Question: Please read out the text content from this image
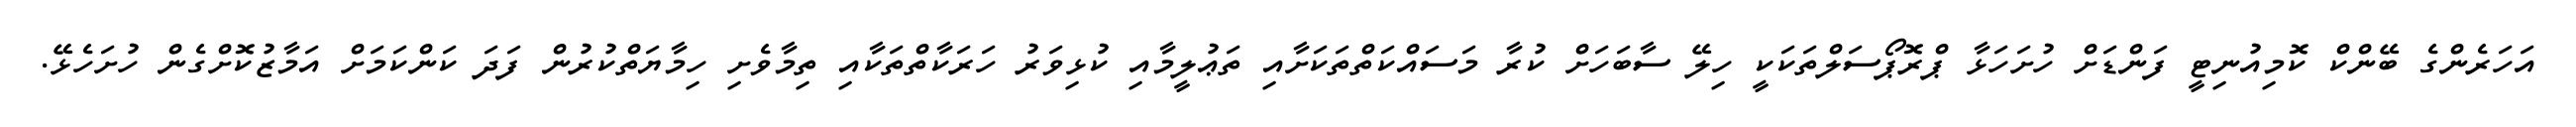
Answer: އަހަރެންގެ ބޭންކް ކޮމިއުނިޓީ ފަންޑަށް ހުށަހަޅާ ޕްރޮޕޯސަލްތަކަކީ ހިލޭ ސާބަހަށް ކުރާ މަސައްކަތްތަކަށާއި ތަޢުލީމާއި ކުޅިވަރު ހަރަކާތްތަކާއި ތިމާވެށި ހިމާޔަތްކުރުން ފަދަ ކަންކަމަށް އަމާޒުކޮށްގެން ހުށަހެޅޭ.